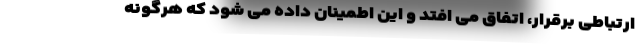
ارتباطی برقرار، اتفاق می افتد و این اطمینان داده می شود که هرگونه